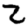
Digit: 2